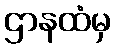
ဌာနထံမှ